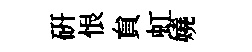
硏恨貟虹嬈